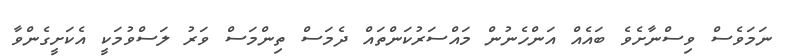
ނަމަވެސް ވިސްނާށެވެ ބައެއް އަންހެނުން މައްސަރުކަންތައް ދެމަސް ތިންމަސް ވަރު ލަސްވުމަކީ އެކަށީގެންވާ